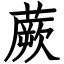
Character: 蕨